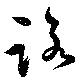
路